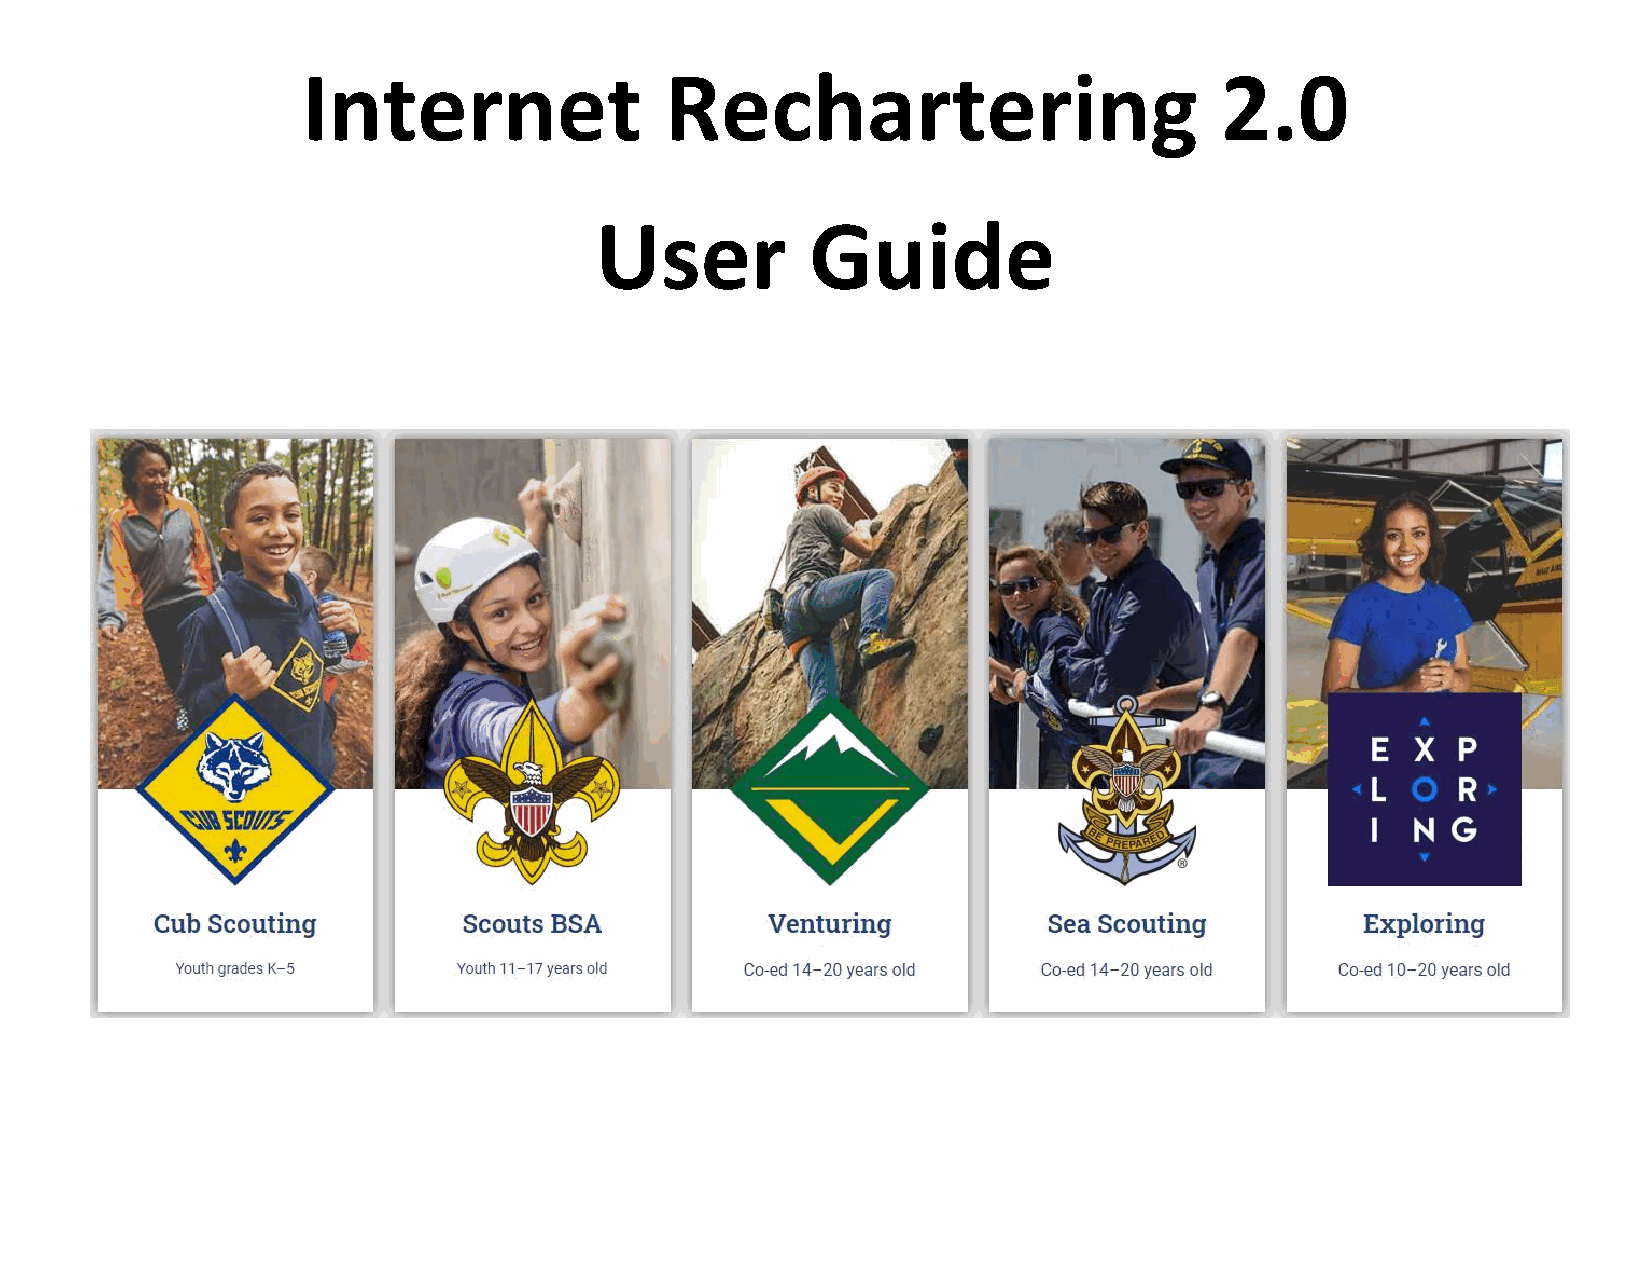
Internet                Rechartering                         2.0
 User           Guide